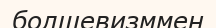
болшевизммен